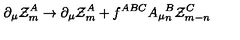
\partial _ { \mu } { \cal Z } _ { m } ^ { A } \to \partial _ { \mu } { \cal Z } _ { m } ^ { A } + f ^ { A B C } A _ { \mu } { } _ { n } ^ { B } { \cal Z } _ { m - n } ^ { C }